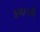
કથલકી